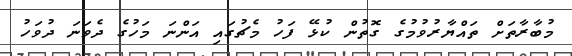
މުބާރާތަށް ތައްޔާރުވުމުގެ ގޮތުން ކުޅޭ ފަހު މެޗުގައި އަންނަ މަހުގެ ދެވަނަ ދުވަހު